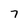
Character: 7